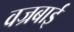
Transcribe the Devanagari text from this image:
वज्रबाई